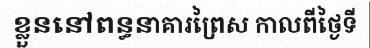
ខ្លួននៅពន្ធនាគារព្រៃស កាលពីថ្ងៃទី